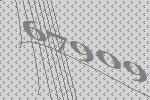
67909